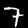
Digit: 7